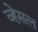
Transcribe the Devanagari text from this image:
व्हेसल